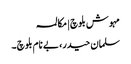
مہوش بلوچ | مکالمہ
سلمان حیدر، بے نام بلوچ ۔